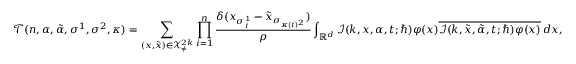
\mathcal { T } ( n , \alpha , \tilde { \alpha } , \sigma ^ { 1 } , \sigma ^ { 2 } , \kappa ) = \sum _ { ( \boldsymbol { x } , \boldsymbol { \tilde { x } } ) \in \mathcal { X } _ { \neq } ^ { 2 k } } \prod _ { i = 1 } ^ { n } \frac { \delta ( x _ { \sigma _ { i } ^ { 1 } } - \tilde { x } _ { \sigma _ { \kappa ( i ) ^ { 2 } } } ) } { \rho } \int _ { \mathbb { R } ^ { d } } \mathcal { I } ( k , \boldsymbol { x } , \alpha , t ; \hbar ) \varphi ( x ) \overline { { \mathcal { I } ( k , \boldsymbol { \tilde { x } } , \tilde { \alpha } , t ; \hbar ) \varphi ( x ) } } \, d x ,